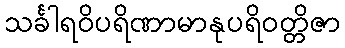
သင်္ခါရဝိပရိဏာမာနုပရိဝတ္တိဇာ